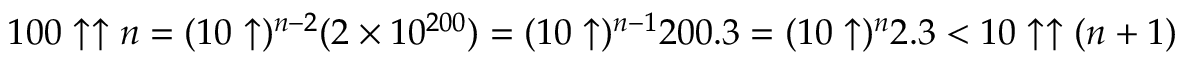
1 0 0 \uparrow \uparrow n = ( 1 0 \uparrow ) ^ { n - 2 } ( 2 \times 1 0 ^ { 2 0 0 } ) = ( 1 0 \uparrow ) ^ { n - 1 } 2 0 0 . 3 = ( 1 0 \uparrow ) ^ { n } 2 . 3 < 1 0 \uparrow \uparrow ( n + 1 )